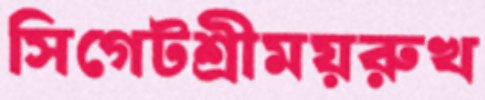
সিগেটশ্রীময়রুখ